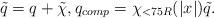
LaTeX: \begin{align*}\tilde q = q + \tilde \chi, q_{comp} = \chi_{<75R}(|x|) \tilde q.\end{align*}